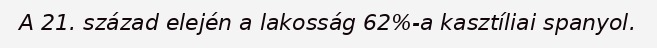
A 21. század elején a lakosság 62%-a kasztíliai spanyol.